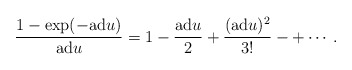
\begin{align*} \frac{1 - \exp(-\mathrm{ad} u)}{\mathrm{ad} u}=1-\frac{\mathrm{ad}u}2+\frac{(\mathrm{ad}u)^2}{3!}-+\cdots.\end{align*}